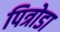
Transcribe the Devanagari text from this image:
पित्रोडा